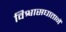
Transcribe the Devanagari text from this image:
विश्वासघातानें